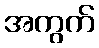
အကွက်